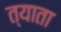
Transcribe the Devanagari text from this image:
त्याता